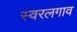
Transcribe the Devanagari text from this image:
स्वरलगाव